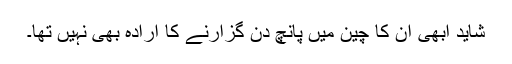
شاید ابھی ان کا چین میں پانچ دن گزارنے کا ارادہ بھی نہیں تھا۔